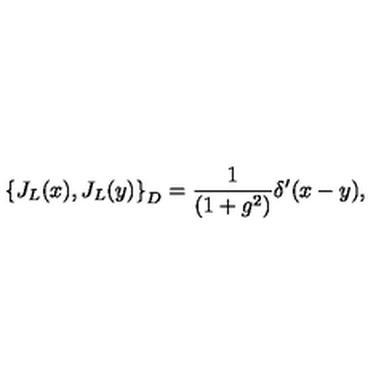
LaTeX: \left\{ J _ { L } ( x ) , J _ { L } ( y ) \right\} _ { D } = \frac { 1 } { ( 1 + g ^ { 2 } ) } \delta ^ { \prime } ( x - y ) ,